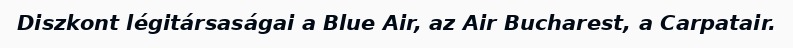
Diszkont légitársaságai a Blue Air, az Air Bucharest, a Carpatair.